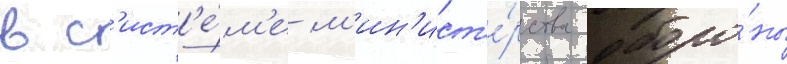
в с'ист'е́м'е м'ин'ист'е́рства оборо́ны